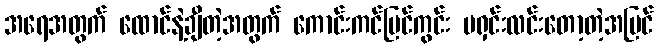
အရေအတွက် ထောင်နဲ့ချီတဲ့အတွက် ကောင်းကင်မြင်ကွင်း မရှင်းလင်းတော့တဲ့အပြင်